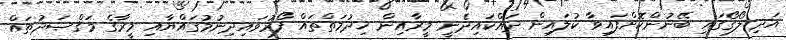
އަދި ލޯގޯގައި ބޭނުންކޮށްފައިވާ ކުލައިން ދައްކައިދެނީ މީރާއިން ޚިދުމަތްތައް ފޯރުވައިދިނުމުގައްޔާއި މީރާގެ މަޤްޞަދުތައް